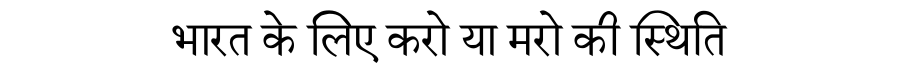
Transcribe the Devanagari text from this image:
भारत के लिए करो या मरो की स्थिति